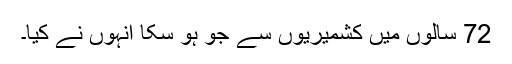
72 سالوں میں کشمیریوں سے جو ہو سکا انہوں نے کیا۔